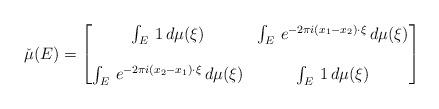
LaTeX: \begin{align*} \displaystyle\check{\mu}(E)&=\begin{bmatrix}\int_E\,1\,d\mu(\xi) &\int_E\,e^{-2\pi i (x_1-x_2)\cdot \xi}\,d\mu(\xi)\\\, & \,\\\int_E\,e^{-2\pi i (x_2-x_1)\cdot \xi}\,d\mu(\xi)&\int_E\,1\,d\mu(\xi) \end{bmatrix}\\\end{align*}